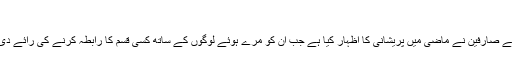
‘
فیس بک کے صارفین نے ماضی میں پریشانی کا اظہار کیا ہے جب ان کو مرے ہوئے لوگوں کے ساتھ کسی قسم کا رابطہ کرنے کی رائے دی جاتی ہے۔